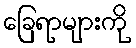
ခြေရာများကို